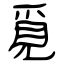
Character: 覓